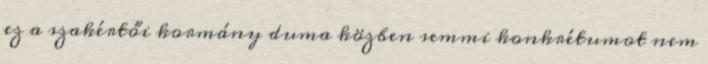
ez a szakértői kormány duma közben semmi konkrétumot nem